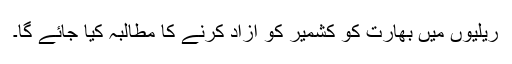
ریلیوں میں بھارت کو کشمیر کو آزاد کرنے کا مطالبہ کیا جائے گا۔